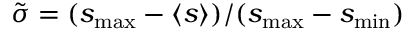
\tilde { \sigma } = ( s _ { \operatorname* { m a x } } - \langle s \rangle ) / ( s _ { \operatorname* { m a x } } - s _ { \operatorname* { m i n } } )